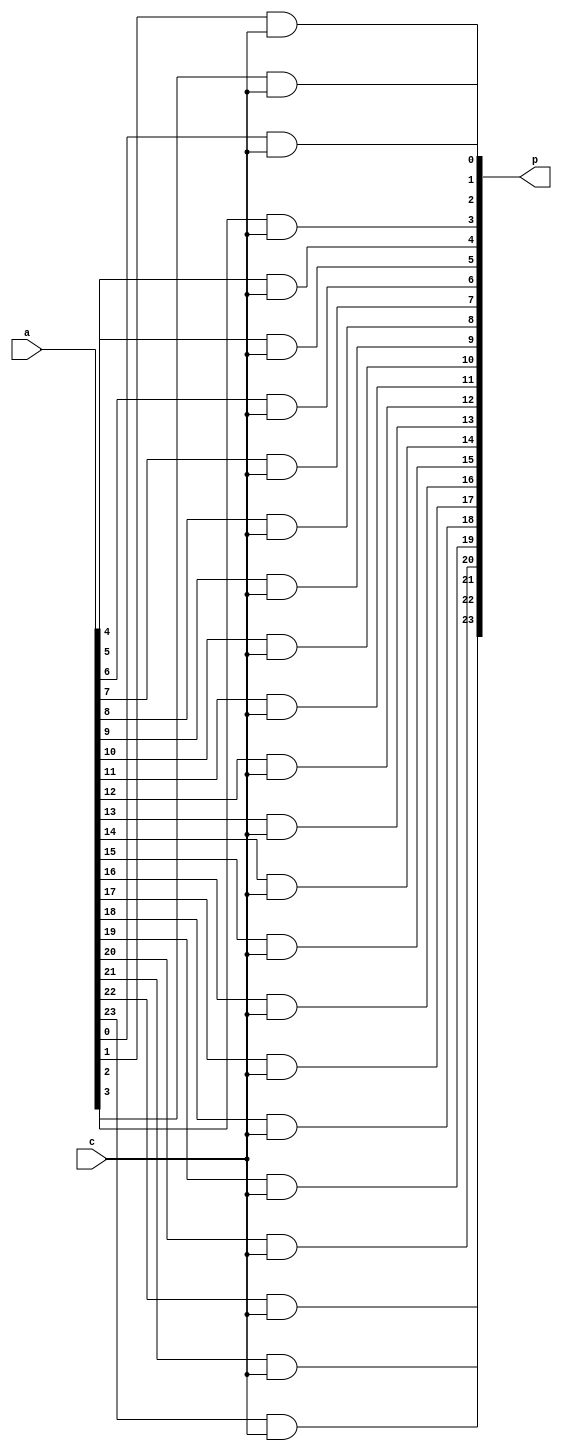
module pp24(a,c,p);
input[23:0] a;
input c;
output[23:0] p;

assign p[0]=a[0]&c;
assign p[1]=a[1]&c;
assign p[2]=a[2]&c;
assign p[3]=a[3]&c;
assign p[4]=a[4]&c;
assign p[5]=a[5]&c;
assign p[6]=a[6]&c;
assign p[7]=a[7]&c;
assign p[8]=a[8]&c;
assign p[9]=a[9]&c;
assign p[10]=a[10]&c;
assign p[11]=a[11]&c;
assign p[12]=a[12]&c;
assign p[13]=a[13]&c;
assign p[14]=a[14]&c;
assign p[15]=a[15]&c;
assign p[16]=a[16]&c;
assign p[17]=a[17]&c;
assign p[18]=a[18]&c;
assign p[19]=a[19]&c;
assign p[20]=a[20]&c;
assign p[21]=a[21]&c;
assign p[22]=a[22]&c;
assign p[23]=a[23]&c;


endmodule